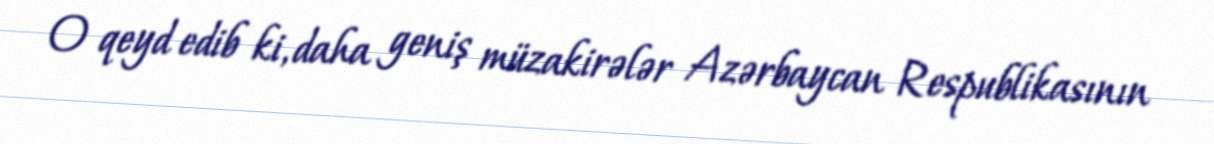
O qeyd edib ki, daha geniş müzakirələr Azərbaycan Respublikasının